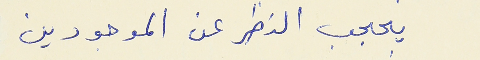
يحجب النظر عن الموجودين